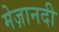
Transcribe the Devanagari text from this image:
मेज़ानदी